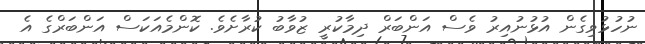
ނުހުޅުވިގެން އުޅުނުއިރު ވެސް އަންބަރް ދިމާކުރީ ޒުވާބު ކުރާށެވެ. ކޮންމެއަކަސް އަންބަރްގެ އެ